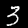
Digit: 3